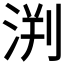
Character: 𣵃